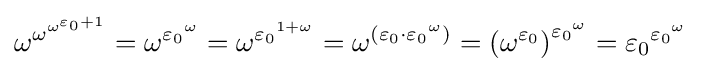
\omega ^{\omega ^{\omega ^{\varepsilon _{0}+1}}}=\omega ^{{\varepsilon _{0}}^{\omega }}=\omega ^{{\varepsilon _{0}}^{1+\omega }}=\omega ^{(\varepsilon _{0}\cdot {\varepsilon _{0}}^{\omega })}={(\omega ^{\varepsilon _{0}})}^{{\varepsilon _{0}}^{\omega }}={\varepsilon _{0}}^{{\varepsilon _{0}}^{\omega }}